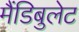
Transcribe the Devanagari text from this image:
मैंडिबुलेट